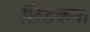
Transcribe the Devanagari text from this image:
छिडकना